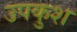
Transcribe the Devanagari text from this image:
उपकुश